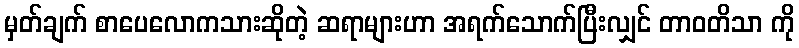
မှတ်ချက် စာပေလောကသားဆိုတဲ့ ဆရာများဟာ အရက်သောက်ပြီးလျှင် တာဝတိသာ ကို